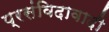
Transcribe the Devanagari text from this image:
प्रसंविदावादी